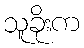
သူခိုးက